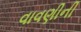
વાવણીની